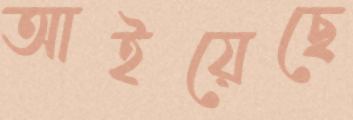
আইয়েছে